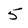
Character: 5